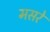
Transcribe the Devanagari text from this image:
मसरे